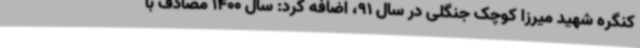
کنگره شهید میرزا کوچک جنگلی در سال 91، اضافه کرد: سال 1400 مصادف با